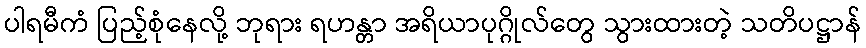
ပါရမီကံ ပြည့်စုံနေလို့ ဘုရား ရဟန္တာ အရိယာပုဂ္ဂိုလ်တွေ သွားထားတဲ့ သတိပဋ္ဌာန်